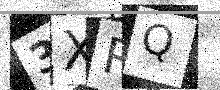
Text: 3XRQ